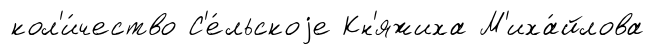
кол'и́чество С'е́льскоjе Кн'яжиха М'иха́йлова